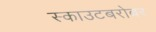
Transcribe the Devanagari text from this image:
स्काउटबरोबर